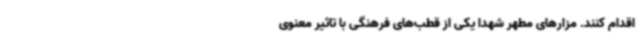
اقدام کنند. مزارهای مطهر شهدا یکی از قطب‌های فرهنگی با تاثیر معنوی